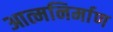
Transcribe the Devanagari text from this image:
आत्मनिर्माण